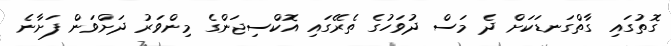
ގޮތުގައި ގާތްގަނޑަކަށް ދެ މަސް ދުވަހުގެ ތެރޭގައި އޮކްސިޖަންގެ މިންވަރު ދަށްވަން ފަށާނެ